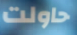
حاولت